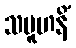
သမူဟနိံ